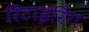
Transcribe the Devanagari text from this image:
रिटाइरिंग